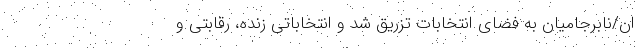
ان/نابرجامیان به فضای انتخابات تزریق شد و انتخاباتی زنده، رقابتی و